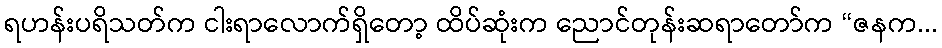
ရဟန်းပရိသတ်က ငါးရာလောက်ရှိတော့ ထိပ်ဆုံးက ညောင်တုန်းဆရာတော်က “ဇနက...